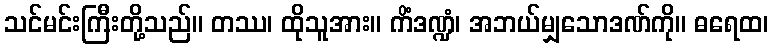
သင်မင်းကြီးတို့သည်။ တဿ၊ ထိုသူအား။ ကိံဒဏ္ဍံ၊ အဘယ်မျှသောဒဏ်ကို။ ဓရေထ၊